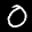
Label: 0